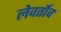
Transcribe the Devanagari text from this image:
लेवर्तोव